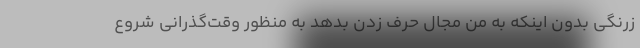
زرنگی بدون اینکه به من مجال حرف زدن بدهد به منظور وقت‌گذرانی شروع